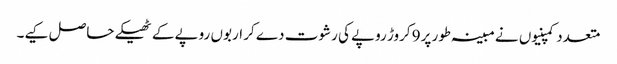
متعدد کمپنیوں نے مبینہ طور پر9 کروڑ روپے کی رشوت دے کر اربوں روپے کے ٹھیکے حاصل کیے۔